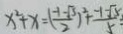
x ^ { 2 } + x = ( \frac { - 1 - \sqrt { 3 } } { 2 } ) ^ { 2 } + \frac { - 1 - \sqrt { 5 } } { 5 }